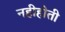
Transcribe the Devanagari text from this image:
नहीहोती